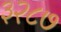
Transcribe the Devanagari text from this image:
३२८७